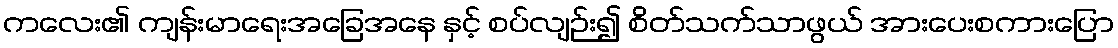
ကလေး၏ ကျန်းမာရေးအခြေအနေ နှင့် စပ်လျဉ်း၍ စိတ်သက်သာဖွယ် အားပေးစကားပြော